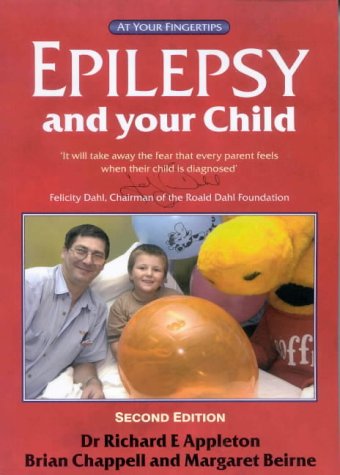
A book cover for Epilepsy and Your Child: The 'At Your Fingertips' Guide (Class Health); Richard E. Appleton; Health, Fitness & Dieting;